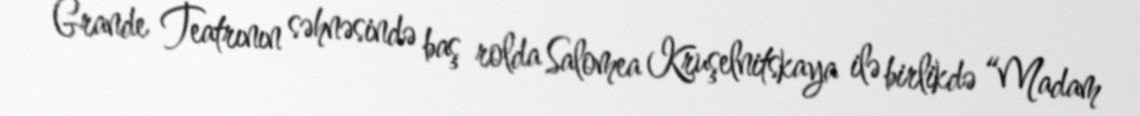
Grande Teatrının səhnəsində baş rolda Salomea Kruşelnitskaya ilə birlikdə “Madam